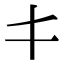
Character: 𠀆